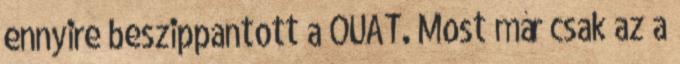
ennyire beszippantott a OUAT. Most már csak az a